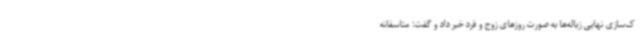
ک‌سازی نهایی زباله‌ها به صورت روزهای زوج و فرد خبر داد و گفت: متاسفانه